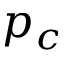
p _ { c }